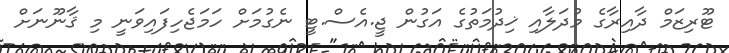
ޓޫރިޒަމް ދާއިރާގެ މުދަލާއި ޚިދުމަތުގެ އަގުން ޖީ.އެސް.ޓީ ނެގުމަށް ހަމަޖެހިފައިވަނީ މި ޤާނޫނަށް